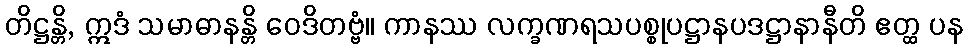
တိဋ္ဌန္တိ, ဣဒံ သမာဓာနန္တိ ဝေဒိတဗ္ဗံ။ ကာနဿ လက္ခဏရသပစ္စုပဋ္ဌာနပဒဋ္ဌာနာနီတိ ဧတ္ထ ပန